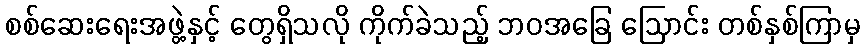
စစ်ဆေးရေးအဖွဲ့နှင့် တွေရှိသလို ကိုက်ခဲသည့် ဘဝအခြေ ဩောင်း တစ်နှစ်ကြာမှ